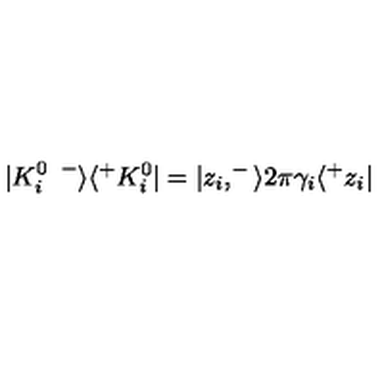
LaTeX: | K _ { i } ^ { 0 \enspace - } \rangle \langle ^ { + } K _ { i } ^ { 0 } | = | z _ { i } , ^ { - } \rangle 2 \pi \gamma _ { i } \langle ^ { + } z _ { i } |